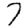
Digit: 7